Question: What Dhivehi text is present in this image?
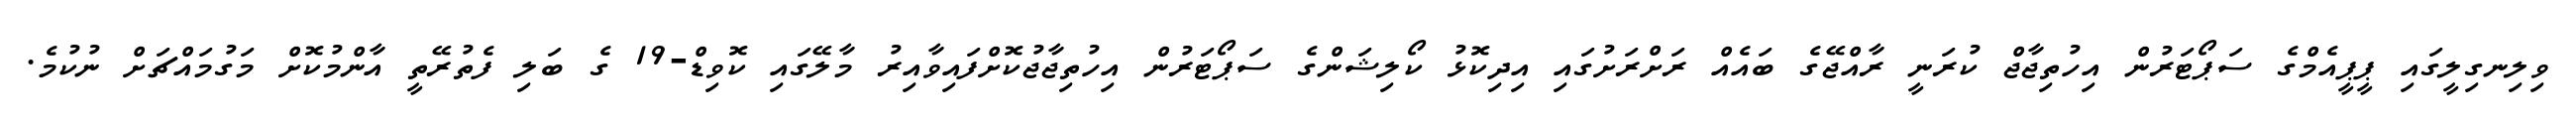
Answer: ވިލިނގިލީގައި ޕީޕީއެމްގެ ސަޕޯޓަރުން އިހުތިޖާޖް ކުރަނީ ރާއްޖޭގެ ބައެއް ރަށްރަށުގައި އިދިކޮޅު ކޯލިޝަންގެ ސަޕޯޓަރުން އިހުތިޖާޖުކޮށްފައިވާއިރު މާލޭގައި ކޮވިޑް-19 ގެ ބަލި ފެތުރޭތީ އާންމުކޮށް މަގުމައްޗަށް ނުކުމެ.